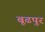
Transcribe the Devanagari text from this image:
बूढपुर